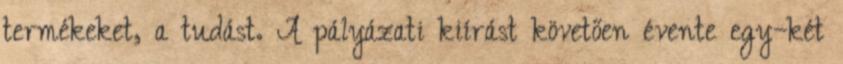
termékeket, a tudást. A pályázati kiírást követően évente egy–két